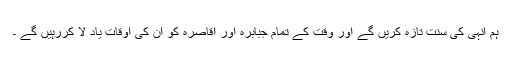
ہم انہی کی سنت تازہ کریں گے اور وقت کے تمام جبابرہ اور اقاصرہ کو ان کی اوقات یاد لا کررہیں گے ۔